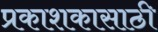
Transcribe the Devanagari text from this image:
प्रकाशकासाठी